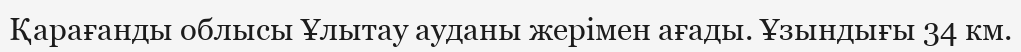
Қарағанды облысы Ұлытау ауданы жерімен ағады. Ұзындығы 34 км.